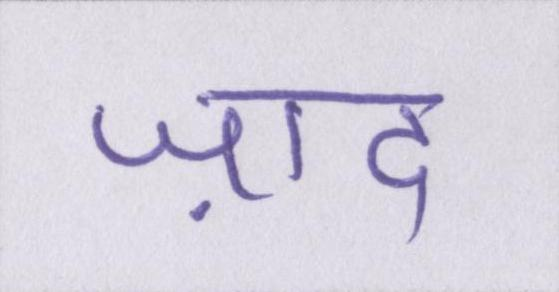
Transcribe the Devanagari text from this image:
ज़ाद